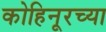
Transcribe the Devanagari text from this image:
कोहिनूरच्या